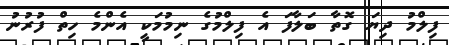
ފިލްމު ދިޔަ ގޮތާ ބަލާފަ އެ ފިލްމުގެ ނިމުމަކީ އެންމެ ހިތް ފުރުނު